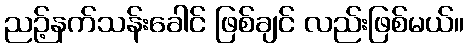
ညဉ့်နက်သန်းခေါင် ဖြစ်ချင် လည်းဖြစ်မယ်။